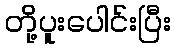
တို့ပူးပေါင်းပြီး